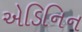
એડિનિન